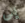
إلى